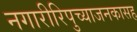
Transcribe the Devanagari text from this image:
नगारीरिपुच्याजनकासह